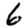
Digit: 6